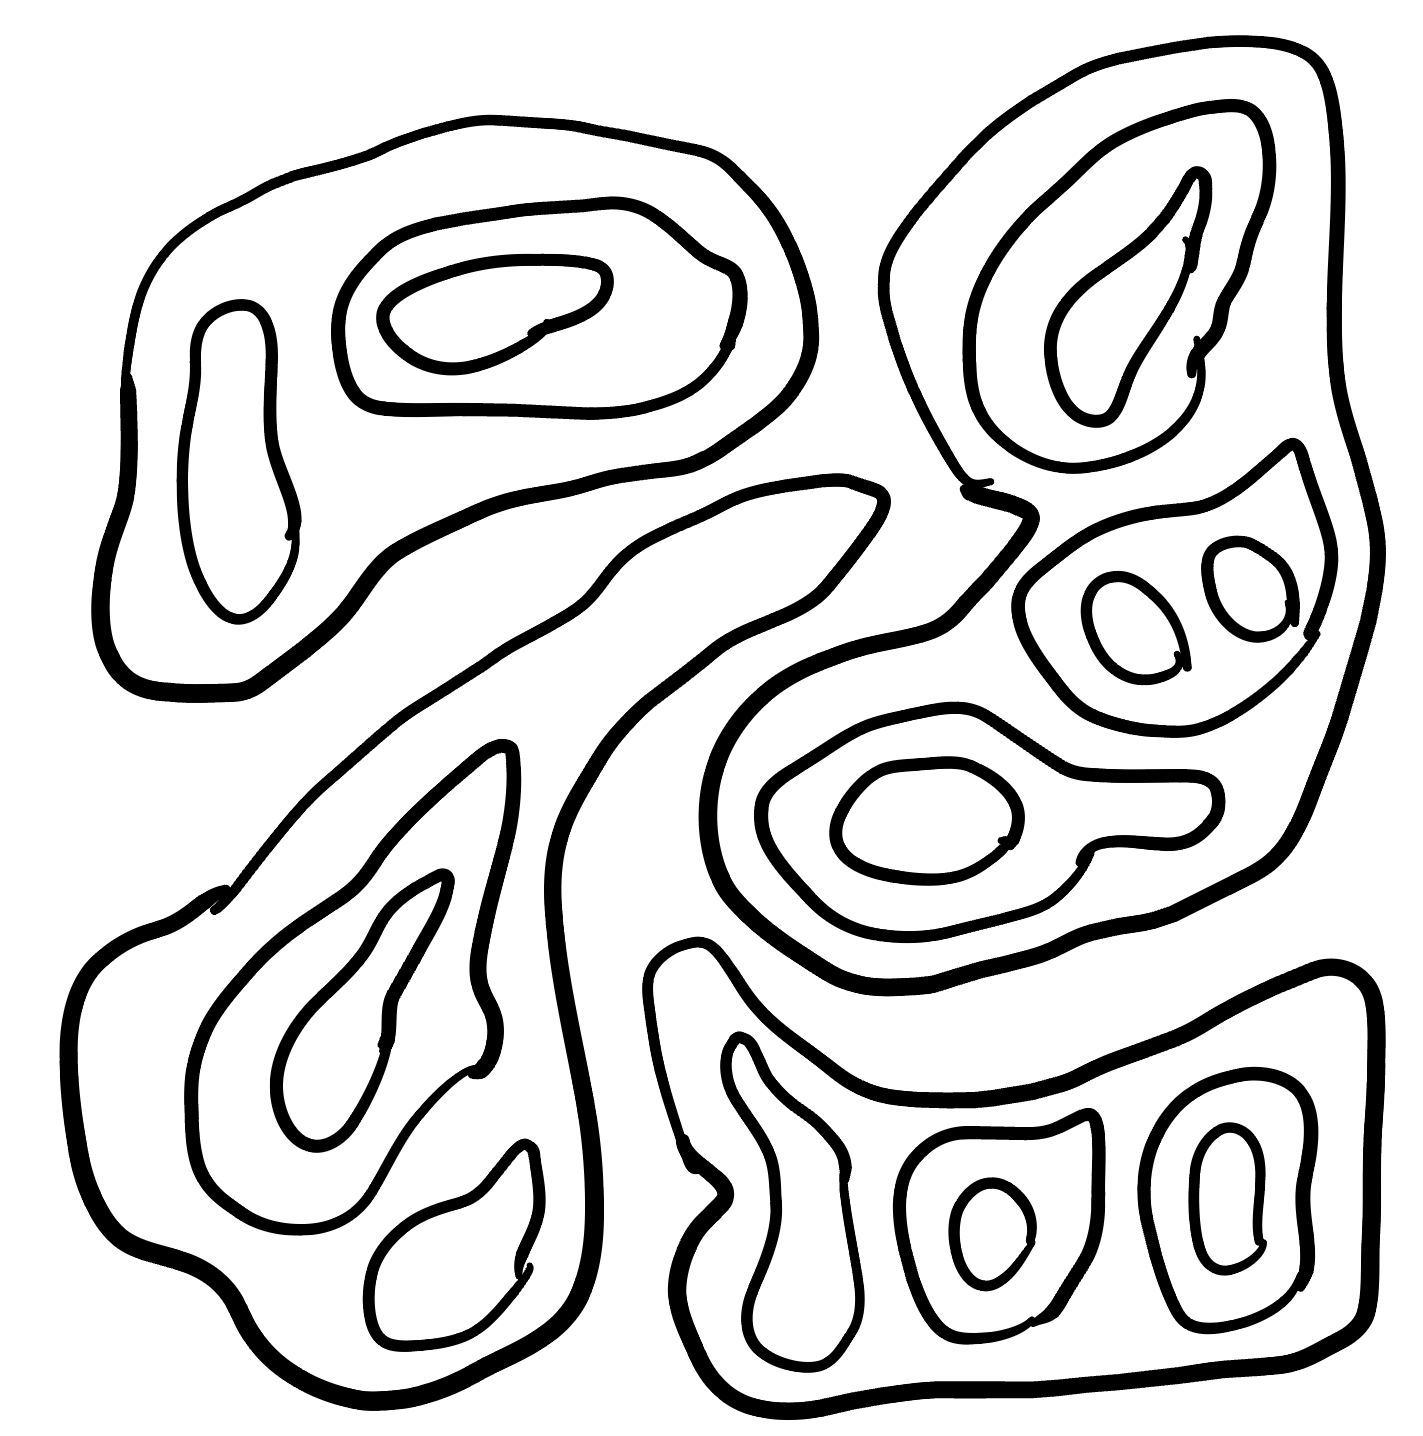
Number of regions (including the outer root region): 23
Containment tree edges (parent, child): 0, 1, 0, 7, 0, 11, 0, 15, 1, 2, 1, 4, 1, 6, 2, 3, 4, 5, 7, 8, 7, 9, 9, 10, 11, 12, 11, 13, 13, 14, 15, 16, 15, 18, 15, 21, 16, 17, 18, 19, 18, 20, 21, 22